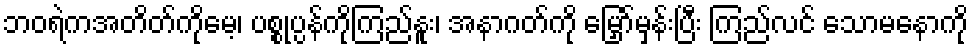
ဘဝရဲကအတိတ်ကိုမေ့၊ ပစ္စုပ္ပန်ကိုကြည်နူး၊ အနာဂတ်ကို မြှော်မှန်းပြီး ကြည်လင် သောမနောကို